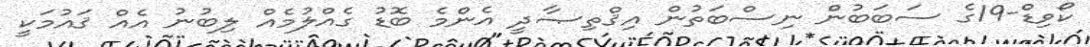
ކޯވިޑް-19ގެ ސަބަބުން ނިސްބަތުން އިޤްތިޞާދީ އެންމެ ބޮޑު ގެއްލުމެއް ލިބުނު އެއް ޤައުމަކީ